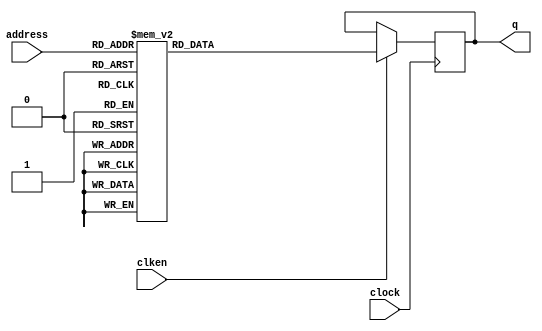
module belfft_twiddle_rom0 (
        clock,
        clken,
        address,
        q);

    input clock;
    input clken;
    input [7 - 1:0] address;
    output [64 - 1: 0] q;

    reg [64 - 1:0] rom [128 - 1:0];
    reg [64 - 1:0] q;

    always @(posedge clock) begin
        if (clken) begin
            case (address)
                7'h0000: q <= 64'h7FFFFFFF00000000;
                7'h0001: q <= 64'h7FD8878DF9B82684;
                7'h0002: q <= 64'h7F62368EF3742CA2;
                7'h0003: q <= 64'h7E9D55FBED37EF92;
                7'h0004: q <= 64'h7D8A5F3FE70747C4;
                7'h0005: q <= 64'h7C29FBEDE0E60685;
                7'h0006: q <= 64'h7A7D055ADAD7F3A3;
                7'h0007: q <= 64'h78848413D4E0CB15;
                7'h0008: q <= 64'h7641AF3CCF043AB3;
                7'h0009: q <= 64'h73B5EBD0C945DFED;
                7'h000A: q <= 64'h70E2CBC5C3A94590;
                7'h000B: q <= 64'h6DCA0D14BE31E19C;
                7'h000C: q <= 64'h6A6D98A3B8E3131A;
                7'h000D: q <= 64'h66CF811FB3C0200D;
                7'h000E: q <= 64'h62F201ACAECC336C;
                7'h000F: q <= 64'h5ED77C89AA0A5B2E;
                7'h0010: q <= 64'h5A827999A57D8667;
                7'h0011: q <= 64'h55F5A4D2A1288377;
                7'h0012: q <= 64'h5133CC949D0DFE54;
                7'h0013: q <= 64'h4C3FDFF399307EE1;
                7'h0014: q <= 64'h471CECE69592675D;
                7'h0015: q <= 64'h41CE1E649235F2EC;
                7'h0016: q <= 64'h3C56BA708F1D343B;
                7'h0017: q <= 64'h36BA20138C4A1430;
                7'h0018: q <= 64'h30FBC54D89BE50C4;
                7'h0019: q <= 64'h2B1F34EB877B7BED;
                7'h001A: q <= 64'h25280C5D8582FAA6;
                7'h001B: q <= 64'h1F19F97B83D60413;
                7'h001C: q <= 64'h18F8B83C8275A0C1;
                7'h001D: q <= 64'h12C8106E8162AA05;
                7'h001E: q <= 64'h0C8BD35E809DC972;
                7'h001F: q <= 64'h0647D97C80277873;
                7'h0020: q <= 64'h0000000080000001;
                7'h0021: q <= 64'hF9B8268480277873;
                7'h0022: q <= 64'hF3742CA2809DC972;
                7'h0023: q <= 64'hED37EF928162AA05;
                7'h0024: q <= 64'hE70747C48275A0C1;
                7'h0025: q <= 64'hE0E6068583D60413;
                7'h0026: q <= 64'hDAD7F3A38582FAA6;
                7'h0027: q <= 64'hD4E0CB15877B7BED;
                7'h0028: q <= 64'hCF043AB389BE50C4;
                7'h0029: q <= 64'hC945DFED8C4A1430;
                7'h002A: q <= 64'hC3A945908F1D343B;
                7'h002B: q <= 64'hBE31E19C9235F2EC;
                7'h002C: q <= 64'hB8E3131A9592675D;
                7'h002D: q <= 64'hB3C0200D99307EE1;
                7'h002E: q <= 64'hAECC336C9D0DFE54;
                7'h002F: q <= 64'hAA0A5B2EA1288377;
                7'h0030: q <= 64'hA57D8667A57D8667;
                7'h0031: q <= 64'hA1288377AA0A5B2E;
                7'h0032: q <= 64'h9D0DFE54AECC336C;
                7'h0033: q <= 64'h99307EE1B3C0200D;
                7'h0034: q <= 64'h9592675DB8E3131A;
                7'h0035: q <= 64'h9235F2ECBE31E19C;
                7'h0036: q <= 64'h8F1D343BC3A94590;
                7'h0037: q <= 64'h8C4A1430C945DFED;
                7'h0038: q <= 64'h89BE50C4CF043AB3;
                7'h0039: q <= 64'h877B7BEDD4E0CB15;
                7'h003A: q <= 64'h8582FAA6DAD7F3A3;
                7'h003B: q <= 64'h83D60413E0E60685;
                7'h003C: q <= 64'h8275A0C1E70747C4;
                7'h003D: q <= 64'h8162AA05ED37EF92;
                7'h003E: q <= 64'h809DC972F3742CA2;
                7'h003F: q <= 64'h80277873F9B82684;
                7'h0040: q <= 64'h8000000100000000;
                7'h0041: q <= 64'h802778730647D97C;
                7'h0042: q <= 64'h809DC9720C8BD35E;
                7'h0043: q <= 64'h8162AA0512C8106E;
                7'h0044: q <= 64'h8275A0C118F8B83C;
                7'h0045: q <= 64'h83D604131F19F97B;
                7'h0046: q <= 64'h8582FAA625280C5D;
                7'h0047: q <= 64'h877B7BED2B1F34EB;
                7'h0048: q <= 64'h89BE50C430FBC54D;
                7'h0049: q <= 64'h8C4A143036BA2013;
                7'h004A: q <= 64'h8F1D343B3C56BA70;
                7'h004B: q <= 64'h9235F2EC41CE1E64;
                7'h004C: q <= 64'h9592675D471CECE6;
                7'h004D: q <= 64'h99307EE14C3FDFF3;
                7'h004E: q <= 64'h9D0DFE545133CC94;
                7'h004F: q <= 64'hA128837755F5A4D2;
                7'h0050: q <= 64'hA57D86675A827999;
                7'h0051: q <= 64'hAA0A5B2E5ED77C89;
                7'h0052: q <= 64'hAECC336C62F201AC;
                7'h0053: q <= 64'hB3C0200D66CF811F;
                7'h0054: q <= 64'hB8E3131A6A6D98A3;
                7'h0055: q <= 64'hBE31E19C6DCA0D14;
                7'h0056: q <= 64'hC3A9459070E2CBC5;
                7'h0057: q <= 64'hC945DFED73B5EBD0;
                7'h0058: q <= 64'hCF043AB37641AF3C;
                7'h0059: q <= 64'hD4E0CB1578848413;
                7'h005A: q <= 64'hDAD7F3A37A7D055A;
                7'h005B: q <= 64'hE0E606857C29FBED;
                7'h005C: q <= 64'hE70747C47D8A5F3F;
                7'h005D: q <= 64'hED37EF927E9D55FB;
                7'h005E: q <= 64'hF3742CA27F62368E;
                7'h005F: q <= 64'hF9B826847FD8878D;
                7'h0060: q <= 64'h000000007FFFFFFF;
                7'h0061: q <= 64'h0647D97C7FD8878D;
                7'h0062: q <= 64'h0C8BD35E7F62368E;
                7'h0063: q <= 64'h12C8106E7E9D55FB;
                7'h0064: q <= 64'h18F8B83C7D8A5F3F;
                7'h0065: q <= 64'h1F19F97B7C29FBED;
                7'h0066: q <= 64'h25280C5D7A7D055A;
                7'h0067: q <= 64'h2B1F34EB78848413;
                7'h0068: q <= 64'h30FBC54D7641AF3C;
                7'h0069: q <= 64'h36BA201373B5EBD0;
                7'h006A: q <= 64'h3C56BA7070E2CBC5;
                7'h006B: q <= 64'h41CE1E646DCA0D14;
                7'h006C: q <= 64'h471CECE66A6D98A3;
                7'h006D: q <= 64'h4C3FDFF366CF811F;
                7'h006E: q <= 64'h5133CC9462F201AC;
                7'h006F: q <= 64'h55F5A4D25ED77C89;
                7'h0070: q <= 64'h5A8279995A827999;
                7'h0071: q <= 64'h5ED77C8955F5A4D2;
                7'h0072: q <= 64'h62F201AC5133CC94;
                7'h0073: q <= 64'h66CF811F4C3FDFF3;
                7'h0074: q <= 64'h6A6D98A3471CECE6;
                7'h0075: q <= 64'h6DCA0D1441CE1E64;
                7'h0076: q <= 64'h70E2CBC53C56BA70;
                7'h0077: q <= 64'h73B5EBD036BA2013;
                7'h0078: q <= 64'h7641AF3C30FBC54D;
                7'h0079: q <= 64'h788484132B1F34EB;
                7'h007A: q <= 64'h7A7D055A25280C5D;
                7'h007B: q <= 64'h7C29FBED1F19F97B;
                7'h007C: q <= 64'h7D8A5F3F18F8B83C;
                7'h007D: q <= 64'h7E9D55FB12C8106E;
                7'h007E: q <= 64'h7F62368E0C8BD35E;
                7'h007F: q <= 64'h7FD8878D0647D97C;
            endcase
        end
    end

endmodule